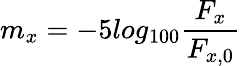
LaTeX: m_{x}=-5log_{100}\frac{F_{x}}{F_{x,0}}